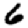
Digit: 6